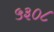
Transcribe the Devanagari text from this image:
५३०८